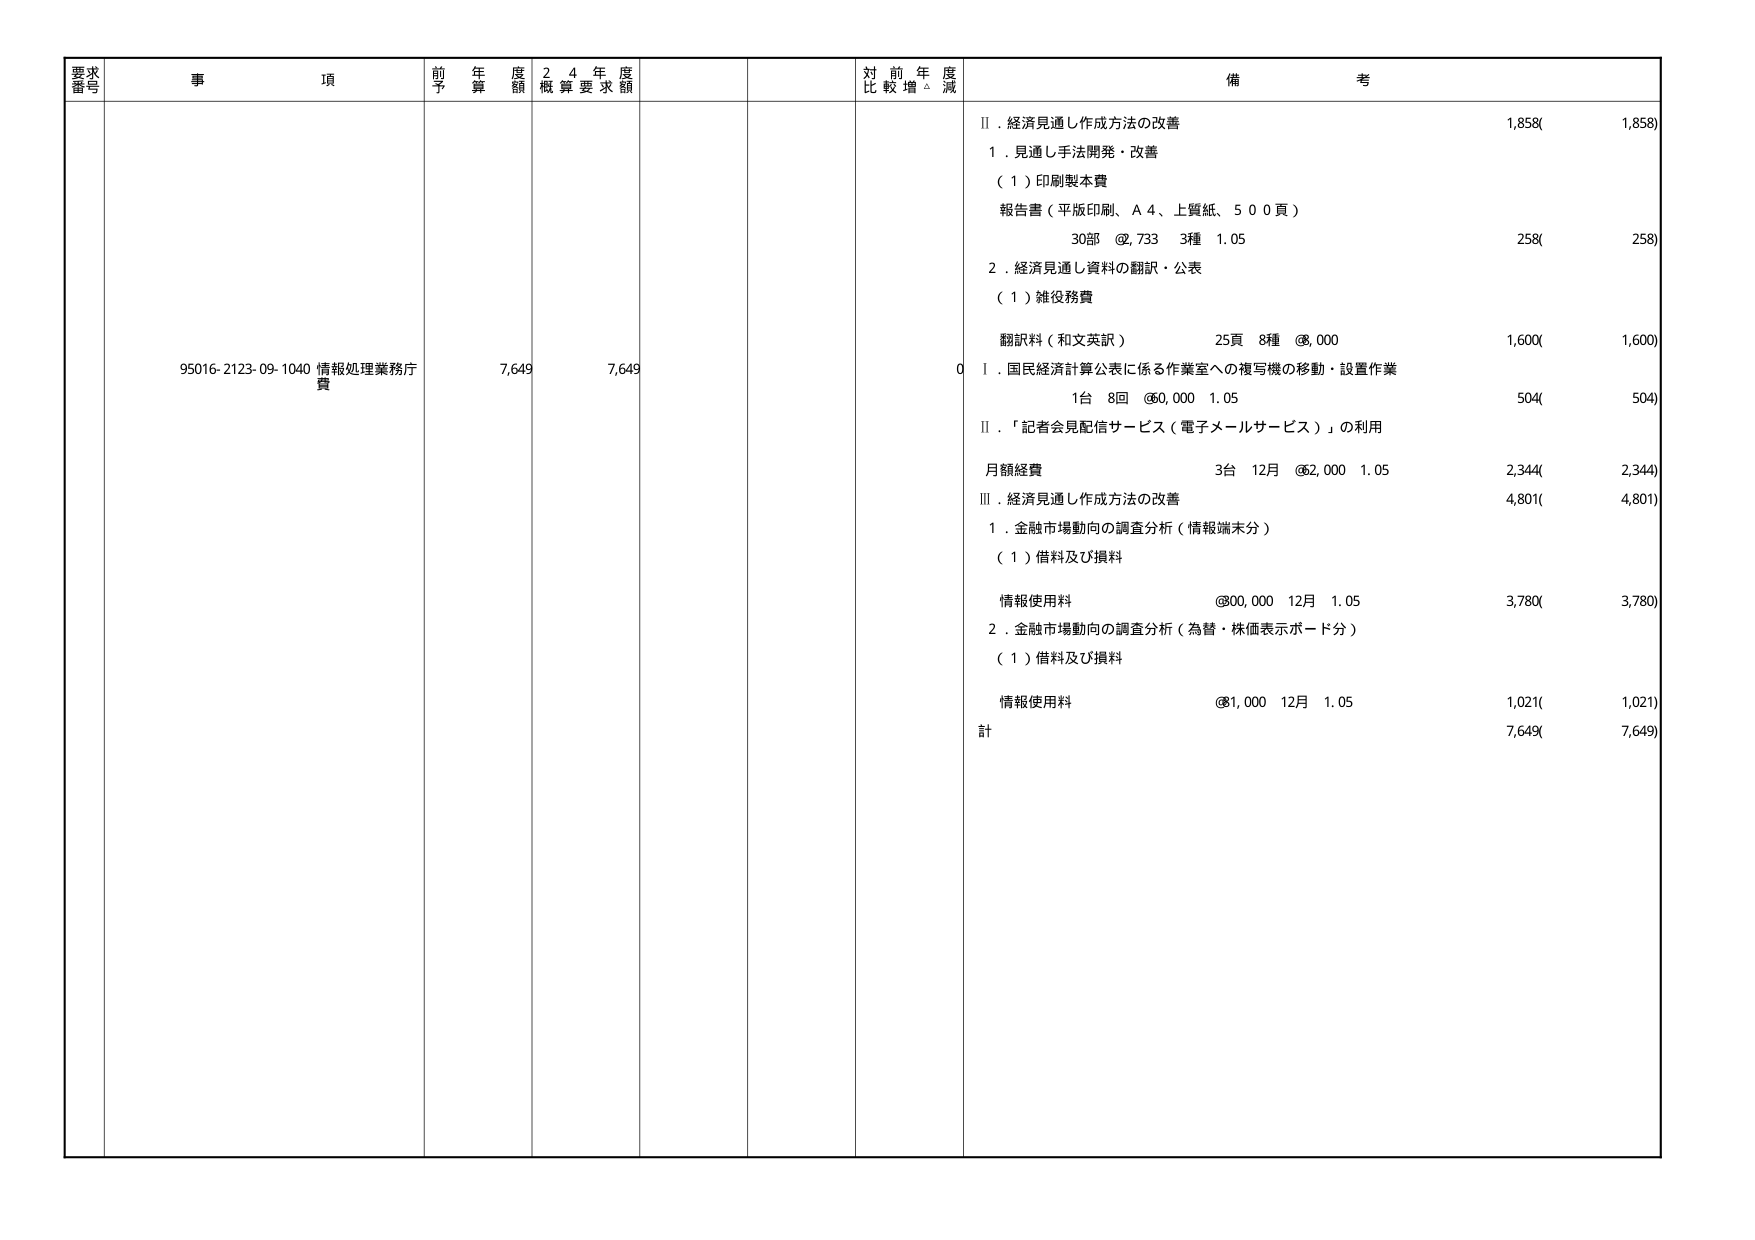
要求番号
事項
前年度予算額
24年度概算要求額
対前年度比較増減
備考
95016-2123-09-1040 情報処理業務庁費
7,649
7,649
0
Ⅱ．経済見通し作成方法の改善
1,858(
1,858)
1．見通し手法開発・改善
（1）印刷製本費
報告書（平版印刷、A4、上質紙、500頁）
30部 @733 3種 1.05
258(
258)
2．経済見通し資料の翻訳・公表
（1）雑役務費
翻訳料（和文英訳） 25頁 8種 @8,000
1,600(
1,600)
Ⅰ．国民経済計算公表に係る作業室への複写機の移動・設置作業
1台 8回 @60,000 1.05
504(
504)
Ⅱ．「記者会見配信サービス（電子メールサービス）」の利用
月額経費 3台 12月 @62,000 1.05
2,344(
2,344)
Ⅲ．経済見通し作成方法の改善
4,801(
4,801)
1．金融市場動向の調査分析（情報端末分）
（1）借料及び損料
情報使用料 @80,000 12月 1.05
3,780(
3,780)
2．金融市場動向の調査分析（為替・株価表示ボード分）
（1）借料及び損料
情報使用料 @81,000 12月 1.05
1,021(
1,021)
計
7,649(
7,649)